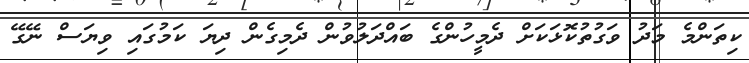
ކިތަންމެ މަދު ވަގުތުކޮޅަކަށް ދެމީހުންގެ ބައްދަލުވުން ދެމިގެން ދިޔަ ކަމުގައި ވިޔަސް ނޭގޭ